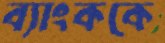
ব্যাংককে